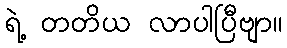
ရဲ့ တတိယ လာပါပြီဗျာ။